65_HS1-834228961_62-HQ-83894_Serial_164
Agency: FBI
Page 113
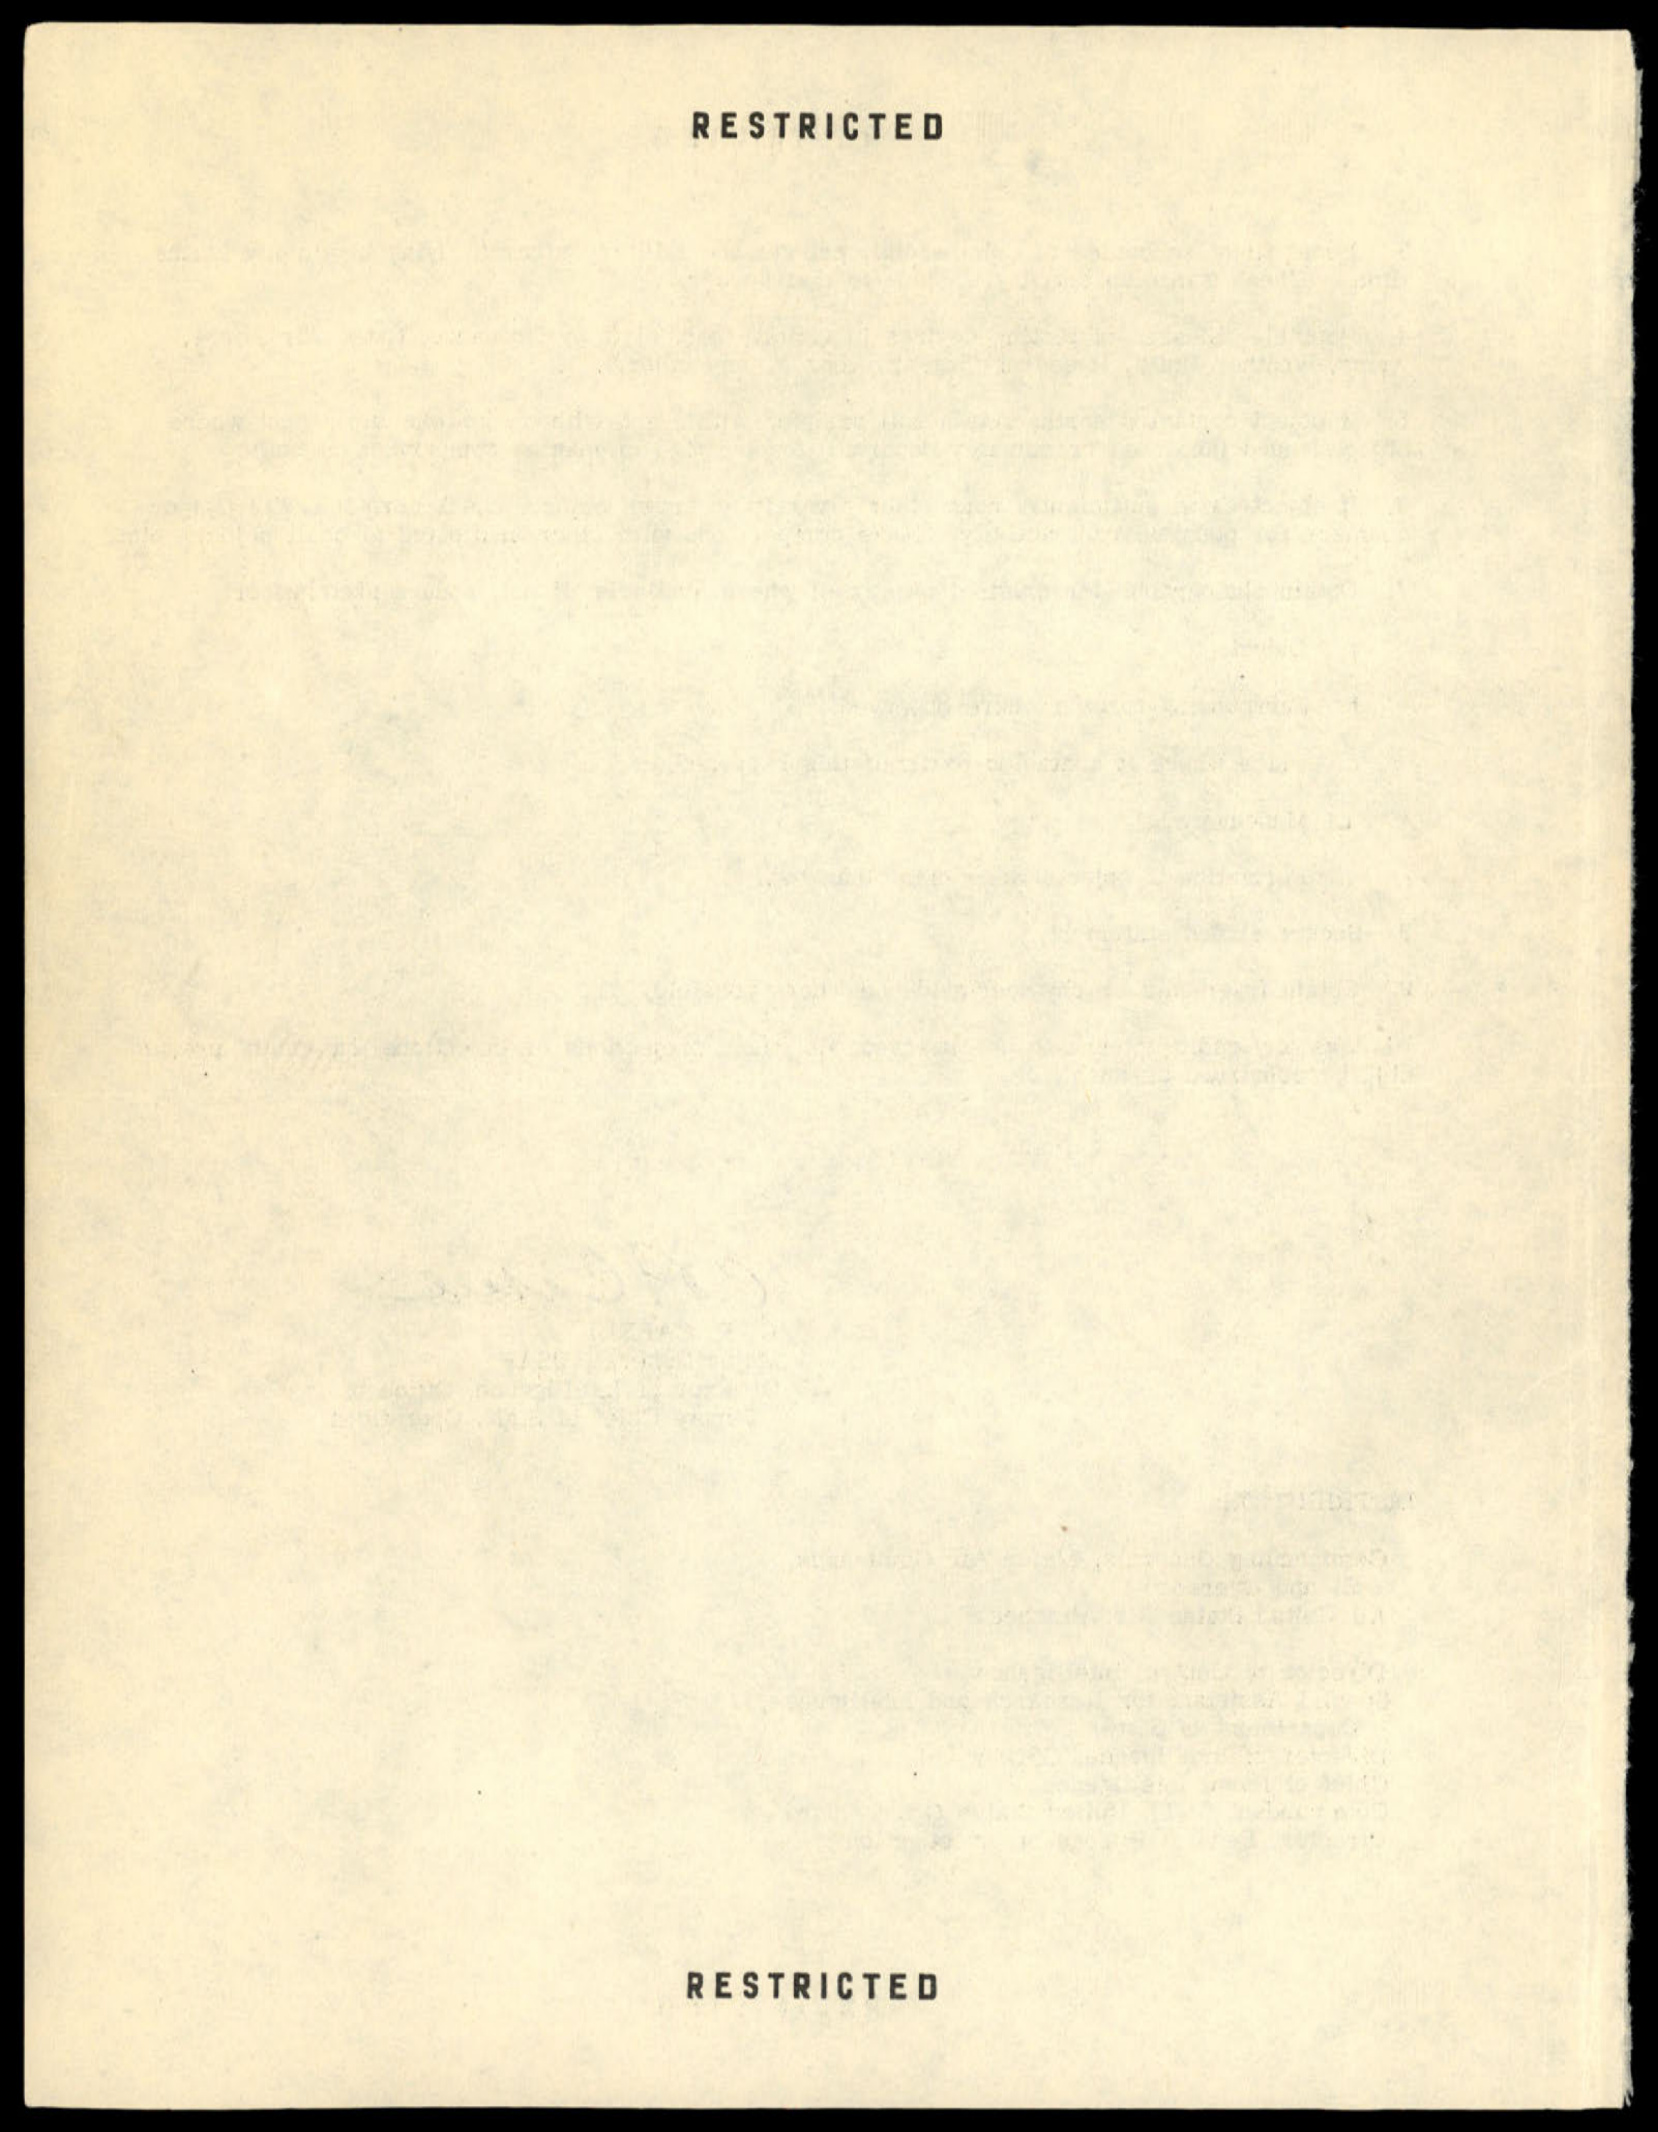